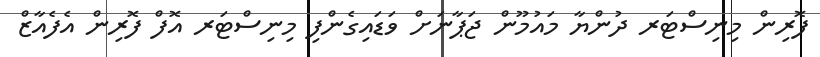
ފޮރިން މިނިސްޓަރ ދުންޔާ މައުމޫން ޖަޕާނަށް ވަޑައިގެންފި މިނިސްޓަރ އޮފް ފޮރިން އެފެއާޒް